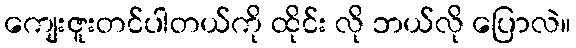
ကျေးဇူးတင်ပါတယ်ကို ထိုင်း လို ဘယ်လို ပြောလဲ။